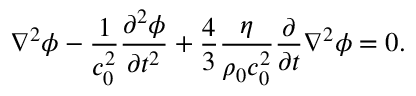
\nabla ^ { 2 } \phi - \frac { 1 } { c _ { 0 } ^ { 2 } } \frac { \partial ^ { 2 } \phi } { \partial t ^ { 2 } } + \frac 4 3 \frac { \eta } { \rho _ { 0 } c _ { 0 } ^ { 2 } } \frac { \partial } { \partial t } \nabla ^ { 2 } \phi = 0 .